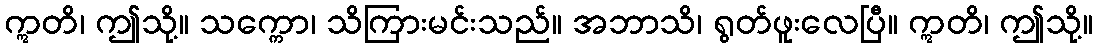
ဣတိ၊ ဤသို့။ သက္ကော၊ သိကြားမင်းသည်။ အဘာသိ၊ ရွတ်ဖူးလေပြီ။ ဣတိ၊ ဤသို့။